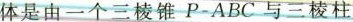
p体是由一个三棱锥P-ABC与三棱柱